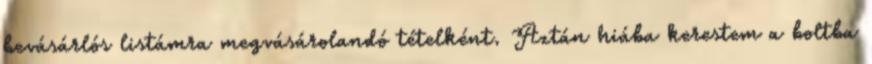
bevásárlós listámra megvásárolandó tételként. Aztán hiába kerestem a boltba